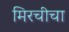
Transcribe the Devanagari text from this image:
मिरचीचा